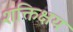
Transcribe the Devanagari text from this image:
शक्तिक्षय